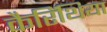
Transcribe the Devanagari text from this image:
कैरिंथिया